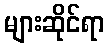
များဆိုင်ရာ